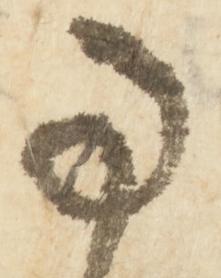
事